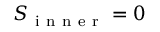
S _ { \mathrm { ~ i ~ n ~ n ~ e ~ r ~ } } = 0